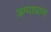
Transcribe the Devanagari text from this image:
अग्याघास